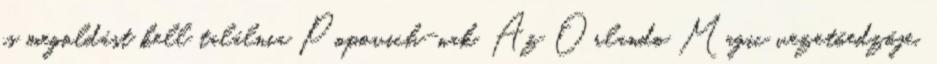
is megoldást kell találnia Popovich-nak. Az Orlando Magic vezetőedzője,